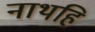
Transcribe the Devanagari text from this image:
नाथहि